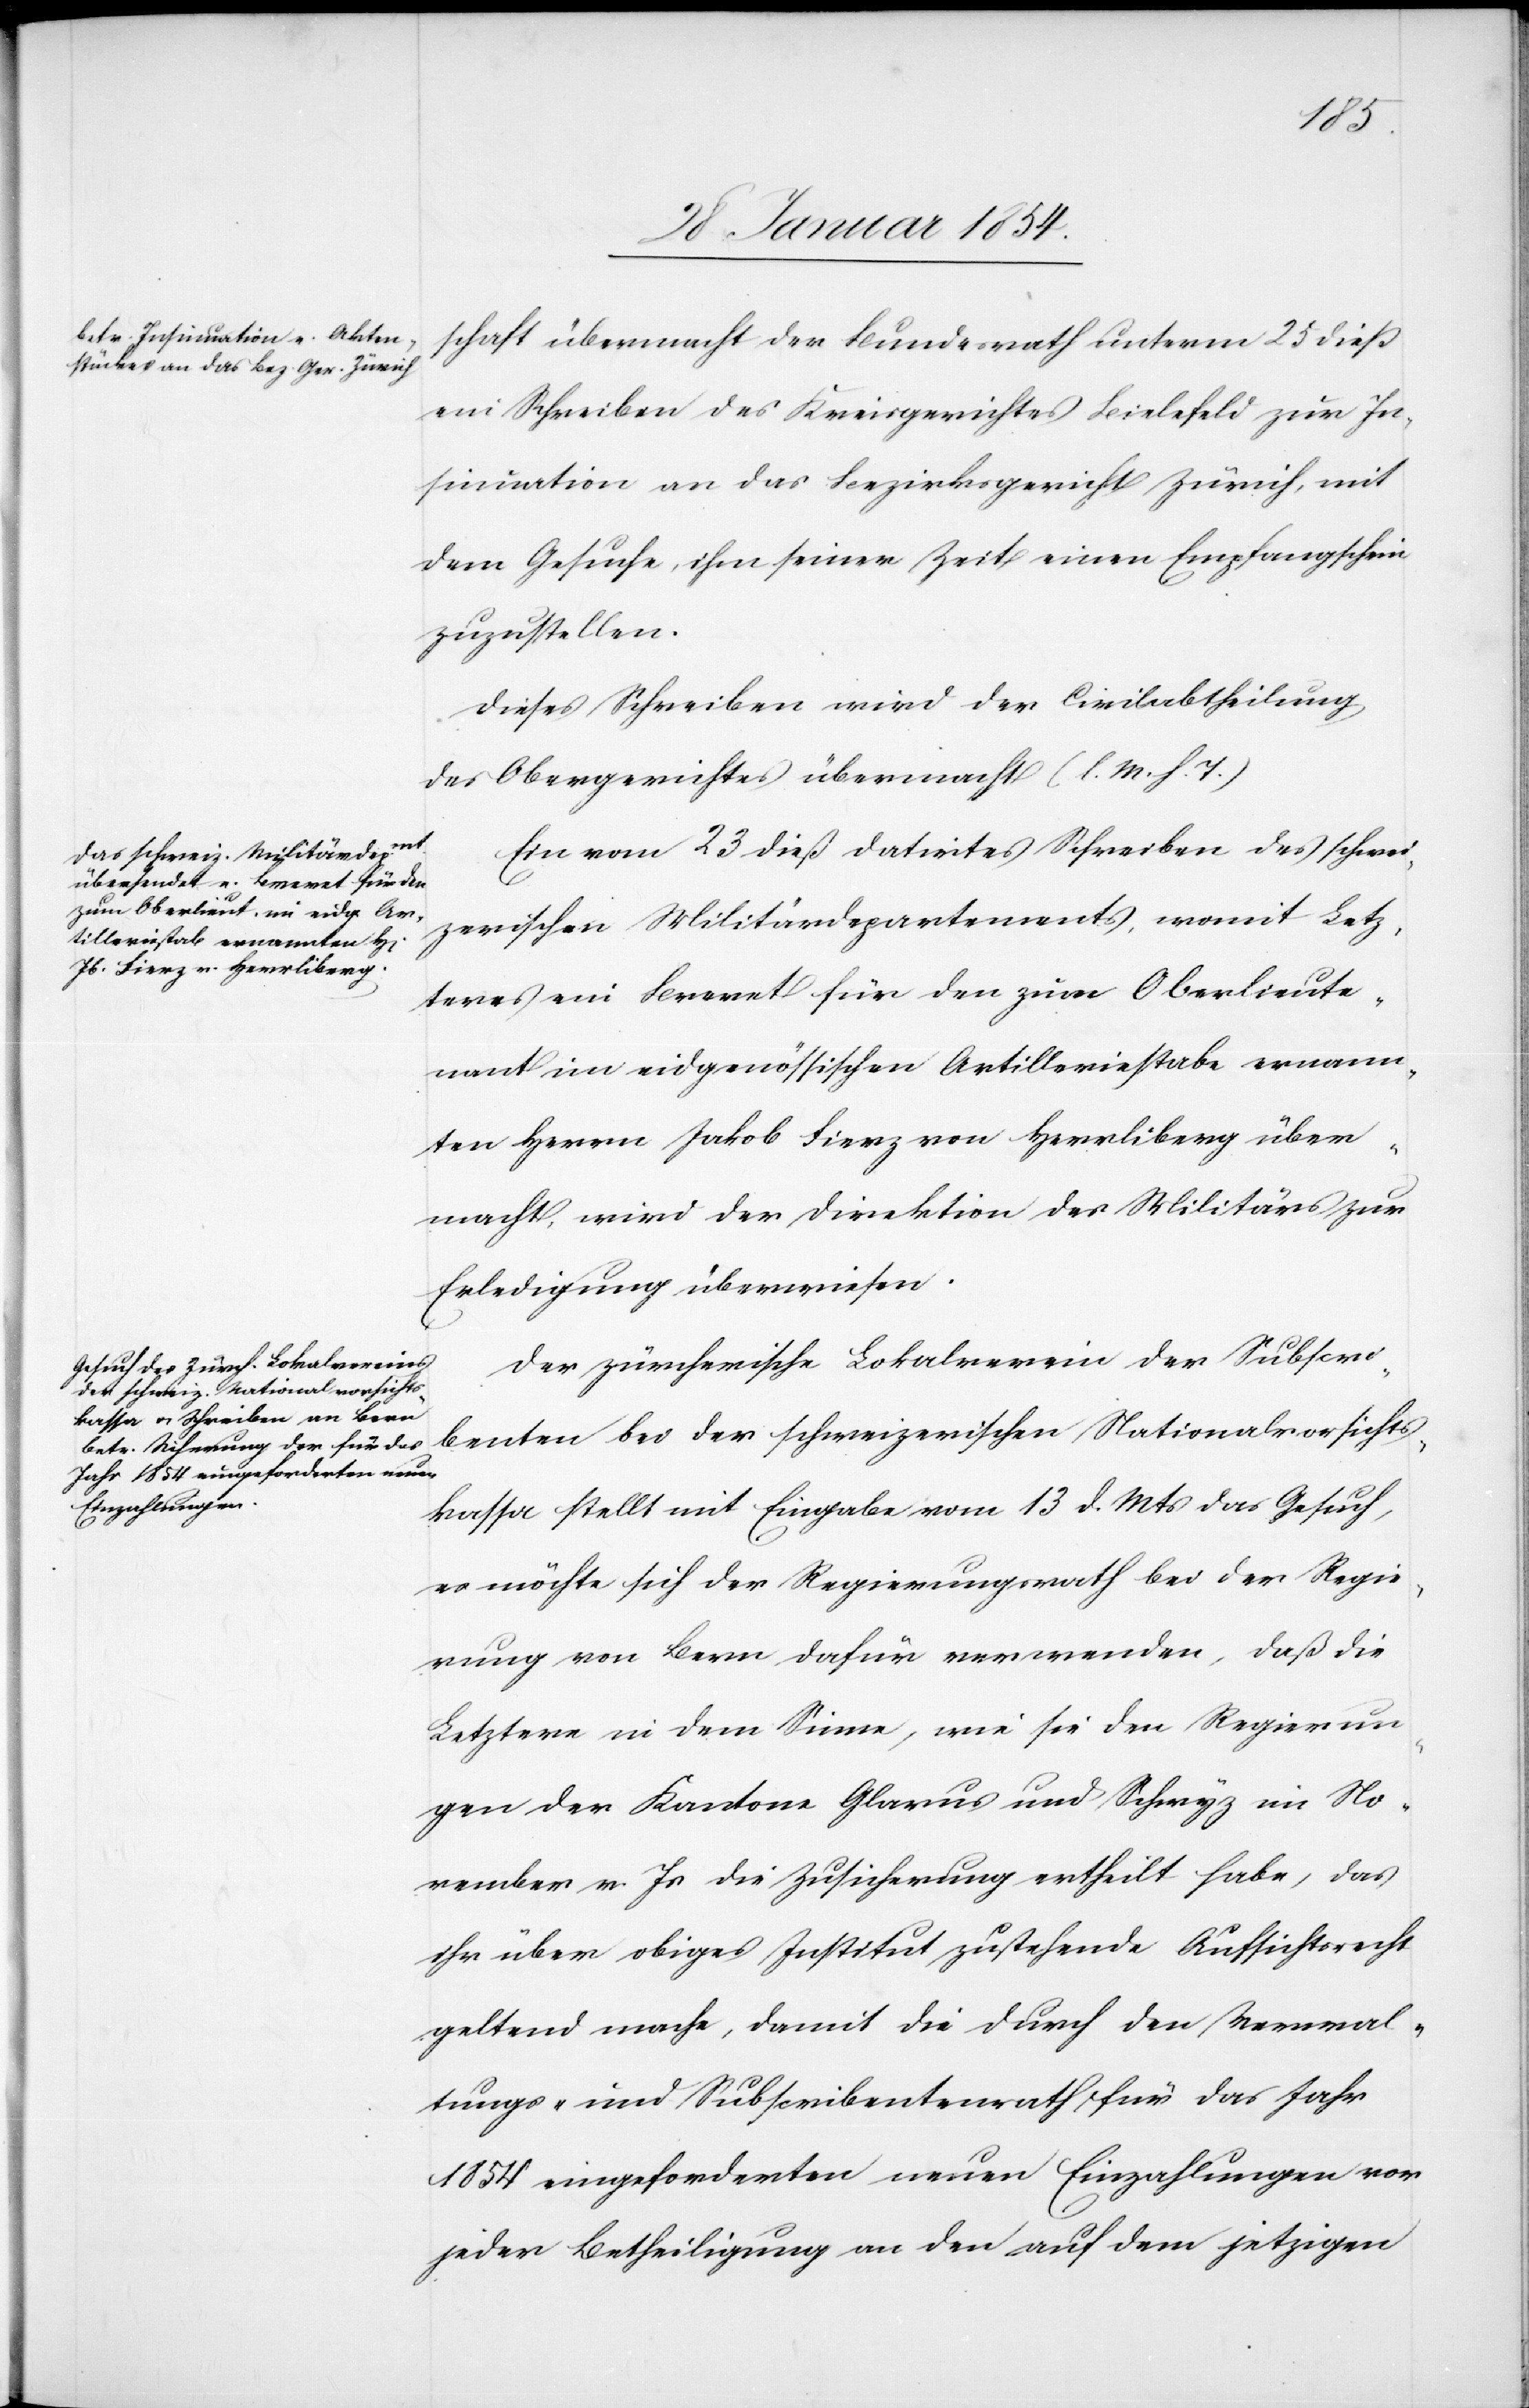
schaft übermacht der Bundesrath unterm 25 dieß
ein Schreiben des Kreisgerichtes Bielefeld zur In¬
sinuation an das Bezirksgericht Zürich, mit
dem Gesuche, ihm seiner Zeit einen Empfangschein
zuzustellen.
Dieses Schreiben wird der Civilabtheilung
des Obergerichtes übermacht (l. M. h. T.)
Ein vom 23 dieß datirtes Schreiben des schwei¬
zerischen Militärdepartements, womit Letz¬
teres ein Brevet für den zum Oberlieute¬
nant im eidgenössischen Artilleriestabe ernann¬
ten Herren Jakob Fierz von Herrliberg über¬
macht, wird der Direktion des Militärs zur
Erledigung überwiesen.
Der zürcherische Lokalverein der Subscri¬
benten bei der schweizerischen Nationalvorsichts¬
kasse stellt mit Eingabe vom 13 d. Mts das Gesuch,
es möchte sich der Regierungsrath bei der Regie¬
rung von Bern dafür verwenden, daß die
Letztere in dem Sinne, wie sie den Regierun¬
gen der Kantone Glarus und Schwyz im No¬
vember v. Js die Zusicherung ertheilt habe, das
ihr über obiges Institut zustehende Aufsichtsrecht
geltend mache, damit die durch den Verwal¬
tungs- und Subscribentenrath für das Jahr
1854 eingeforderten neuen Einzahlungen von
jeder Betheiligung an den auf dem jetzigen